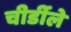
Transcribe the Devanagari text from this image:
चीर्डीले